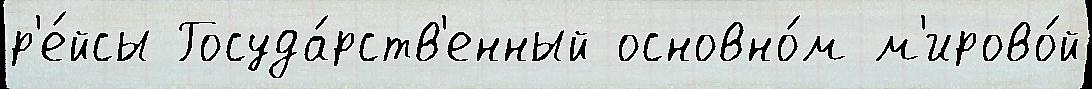
р'е́йсы Госуда́рств'енный основно́м м'ирово́й